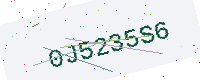
Text: 0J5235S6